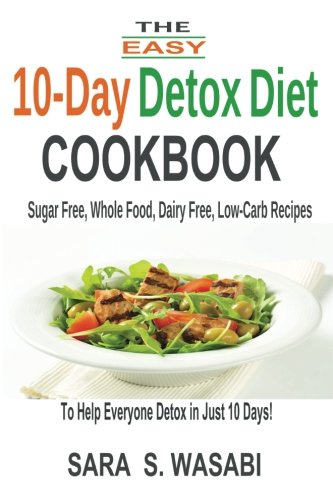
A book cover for The Easy 10-Day Detox Diet Cookbook: Sugar Free, Whole Food, Dairy Free, Low-Carb Recipes To Help Everyone Detox In Just 10 Days; Sara S. Wasabi; Health, Fitness & Dieting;